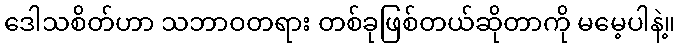
ဒေါသစိတ်ဟာ သဘာဝတရား တစ်ခုဖြစ်တယ်ဆိုတာကို မမေ့ပါနဲ့။